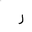
Letter: _ra